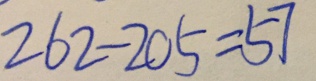
2 6 2 - 2 0 5 = 5 7